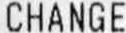
CHANGE